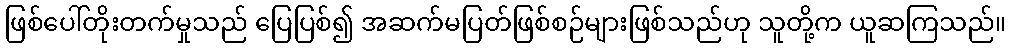
ဖြစ်ပေါ်တိုးတက်မှုသည် ပြေပြစ်၍ အဆက်မပြတ်ဖြစ်စဉ်များဖြစ်သည်ဟု သူတို့က ယူဆကြသည်။